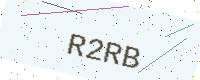
Text: R2RB